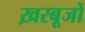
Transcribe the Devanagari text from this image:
ख़रबूजों